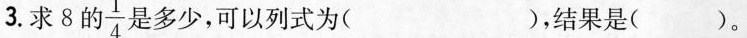
3.求8的 \frac{1}{4} 是多少，可以列式为(